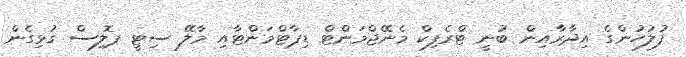
ފުލުހުންގެ އިދާރާއިން ބުނީ ޓްރެފިކް މެނޭޖްމަންޓް ޑިޕާޓްމަންޓާއި މާލޭ ސިޓީ ޕޮލިސް ގުޅިގެން